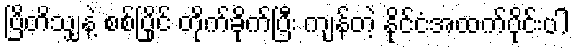
ဗြိတိသျှနဲ့ စစ်ပြိုင် တိုက်ခိုက်ပြီး ကျန်တဲ့ နိုင်ငံအထက်ပိုင်းပါ